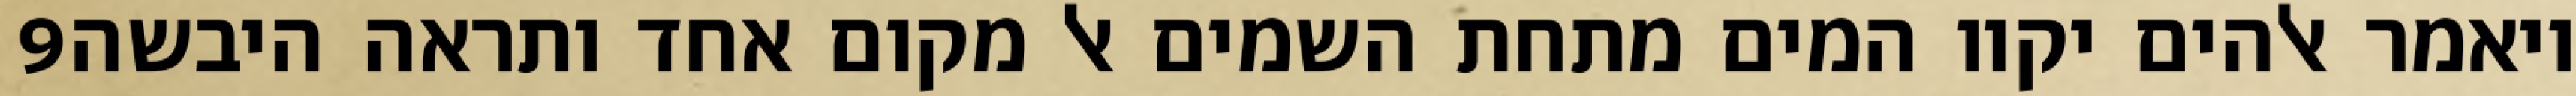
‎9‏ ויאמר אלהים יקוו המים מתחת השמים אל מקום אחד ותראה היבשה